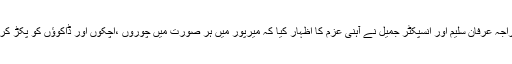
ڈی آئی جی سردار گلفرز خان، ایس ایس پی راجہ عرفان سلیم اور انسپکٹر جمیل نے آہنی عزم کا اظہار کیا کہ میرپور میں ہر صورت میں چوروں ،اچکوں اور ڈاکوؤں کو پکڑ کر انصاف کے کٹہرے میں کھڑا کیا جائے گا ۔